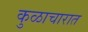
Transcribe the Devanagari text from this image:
कुळाचारात